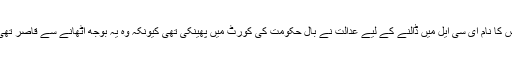
اس کا نام ای سی ایل میں ڈالنے کے لیے عدالت نے بال حکومت کی کورٹ میں پھینکی تھی کیونکہ وہ یہ بوجھ اٹھانے سے قاصر تھی۔